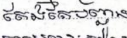
តែងតែបញ្ជូន